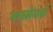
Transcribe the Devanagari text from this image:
मास्सेयर्स